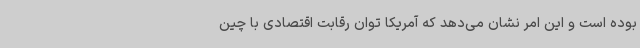
بوده است و این امر نشان می‌دهد که آمریکا توان رقابت اقتصادی با چین